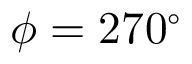
\phi = 2 7 0 ^ { \circ }